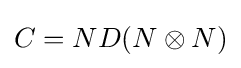
C=ND(N\otimes N)